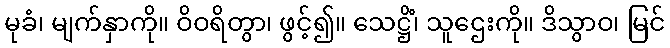
မုခံ၊ မျက်နှာကို။ ဝိဝရိတွာ၊ ဖွင့်၍။ သေဋ္ဌိံ၊ သူဌေးကို။ ဒိသွာဝ၊ မြင်